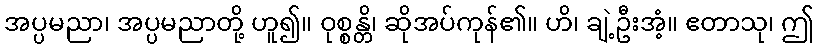
အပ္ပမညာ၊ အပ္ပမညာတို့ ဟူ၍။ ဝုစ္စန္တိ၊ ဆိုအပ်ကုန်၏။ ဟိ၊ ချဲ့ဦးအံ့။ ဧတာသု၊ ဤ